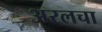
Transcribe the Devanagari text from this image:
अरलचा